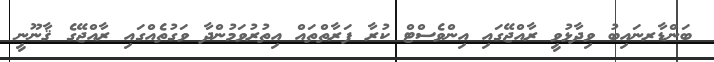
ބަންޑާރނައިބު ވިދާޅުވީ ރާއްޖޭގައި އިންވެސްޓް ކުރާ ފަރާތްތައް އިތުރުވަމުންދާ ވަގުތެއްގައި ރާއްޖޭގެ ޤާނޫނީ